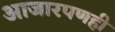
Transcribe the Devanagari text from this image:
आजारपणही